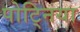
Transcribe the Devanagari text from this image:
पोट्निया